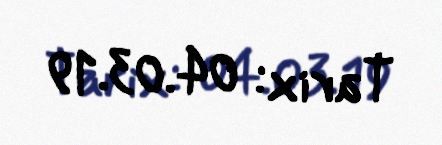
Tarix: 04.03.19